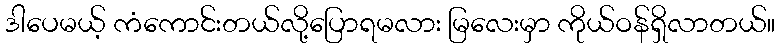
ဒါပေမယ့် ကံကောင်းတယ်လို့ပြောရမလား မြလေးမှာ ကိုယ်ဝန်ရှိလာတယ်။